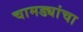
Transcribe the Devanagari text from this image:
चामड्यांचा